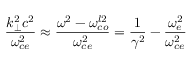
\frac { k _ { \perp } ^ { 2 } c ^ { 2 } } { \omega _ { c e } ^ { 2 } } \approx \frac { \omega ^ { 2 } - \omega _ { c o } ^ { l 2 } } { \omega _ { c e } ^ { 2 } } = \frac { 1 } { \gamma ^ { 2 } } - \frac { \omega _ { e } ^ { 2 } } { \omega _ { c e } ^ { 2 } }